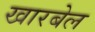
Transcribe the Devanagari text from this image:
खारबेल